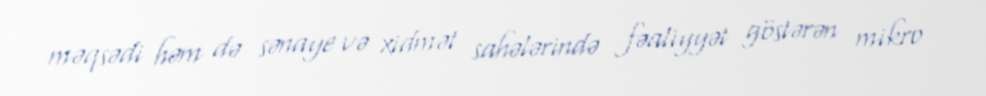
məqsədi həm də sənaye və xidmət sahələrində fəaliyyət göstərən mikro